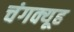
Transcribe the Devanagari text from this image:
चंगक्यूह